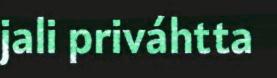
jali priváhtta